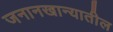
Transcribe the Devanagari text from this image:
जनानखान्यातील